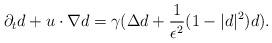
LaTeX: \begin{align*}\partial _t d+u\cdot\nabla d= \gamma(\Delta d+\frac{1}{\epsilon^2} (1-|d|^2)d).\end{align*}